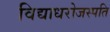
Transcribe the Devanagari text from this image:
विद्याधरोजस्पति